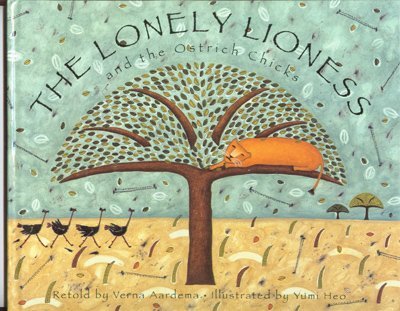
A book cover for The Lonely Lioness and the Ostrich Chicks; Verna Aardema; Children's Books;